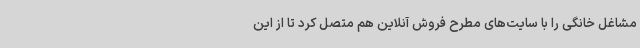
مشاغل خانگی را با سایت‌های مطرح فروش آنلاین هم متصل کرد تا از این